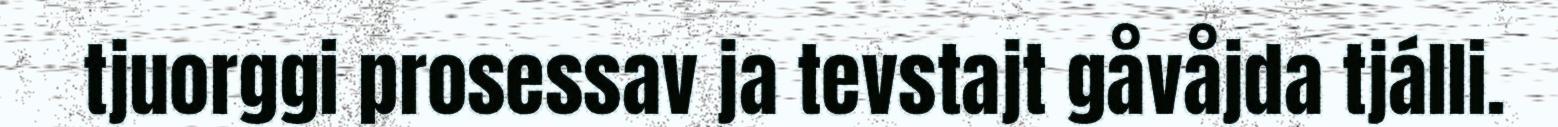
tjuorggi prosessav ja tevstajt gåvåjda tjálli.